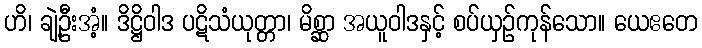
ဟိ၊ ချဲ့ဦးအံ့။ ဒိဋ္ဌိဝါဒ ပဋိသံယုတ္တာ၊ မိစ္ဆာ အယူဝါဒနှင့် စပ်ယှဉ်ကုန်သော။ ယေဧတေ